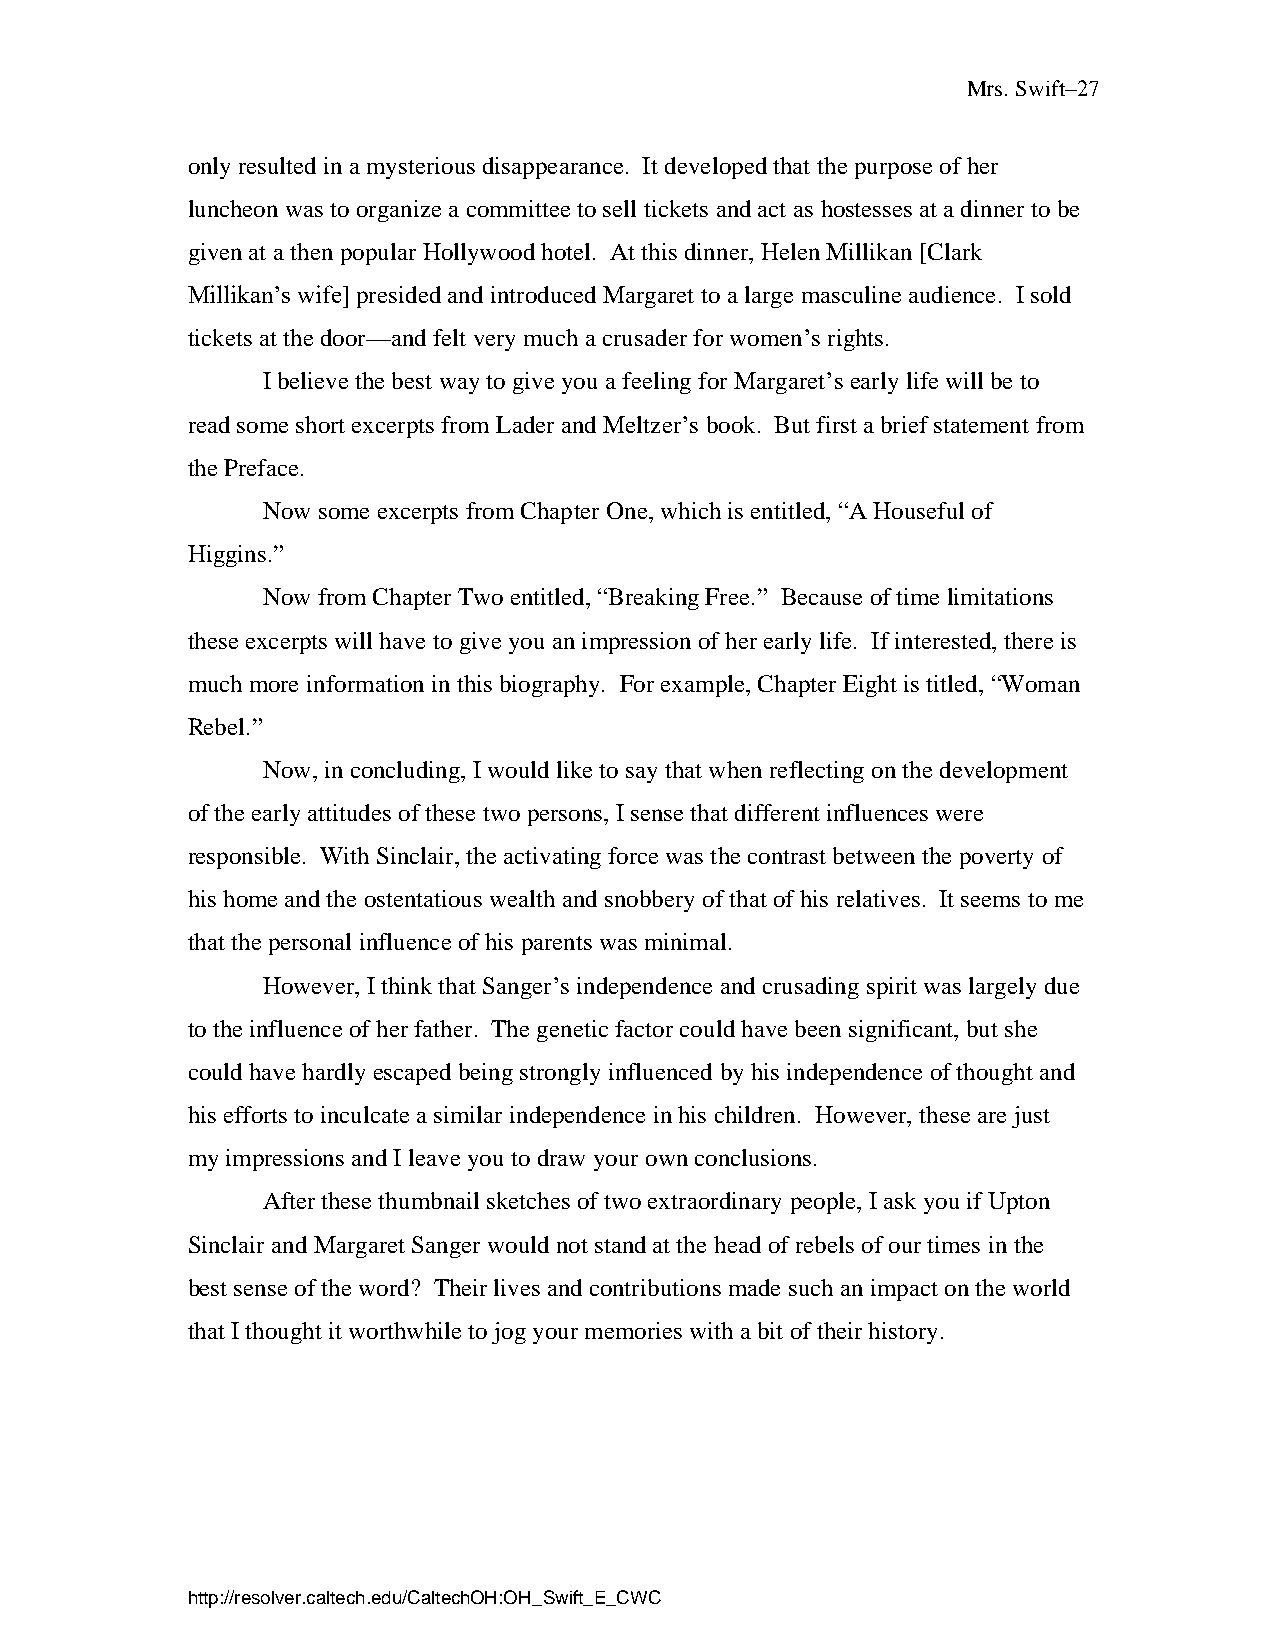
Mrs. Swift–27
 only resulted in a mysterious disappearance. It developed that the purpose of her
 luncheon was to organize a committee to sell tickets and act as hostesses at a dinner to be
 given at a then popular Hollywood hotel. At this dinner, Helen Millikan [Clark
 Millikan’s wife] presided and introduced Margaret to a large masculine audience. I sold
 tickets at the door—and felt very much a crusader for women’s rights.
 I believe the best way to give you a feeling for Margaret’s early life will be to
 read some short excerpts from Lader and Meltzer’s book. But first a brief statement from
 the Preface.
 Now some excerpts from Chapter One, which is entitled, “A Houseful of
 Higgins.”
 Now from Chapter Two entitled, “Breaking Free.” Because of time limitations
 these excerpts will have to give you an impression of her early life. If interested, there is
 much more information in this biography. For example, Chapter Eight is titled, “Woman
 Rebel.”
 Now, in concluding, I would like to say that when reflecting on the development
 of the early attitudes of these two persons, I sense that different influences were
 responsible. With Sinclair, the activating force was the contrast between the poverty of
 his home and the ostentatious wealth and snobbery of that of his relatives. It seems to me
 that the personal influence of his parents was minimal.
 However, I think that Sanger’s independence and crusading spirit was largely due
 to the influence of her father. The genetic factor could have been significant, but she
 could have hardly escaped being strongly influenced by his independence of thought and
 his efforts to inculcate a similar independence in his children. However, these are just
 my impressions and I leave you to draw your own conclusions.
 After these thumbnail sketches of two extraordinary people, I ask you if Upton
 Sinclair and Margaret Sanger would not stand at the head of rebels of our times in the
 best sense of the word? Their lives and contributions made such an impact on the world
 that I thought it worthwhile to jog your memories with a bit of their history.
 http://resolver.caltech.edu/CaltechOH:OH_Swift_E_CWC